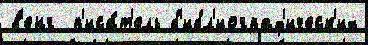
в'енг  п'иса́т'ель б'ибл'иограф'ическ'их